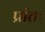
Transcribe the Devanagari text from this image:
प्रांतः